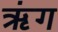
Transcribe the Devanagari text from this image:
ॠंग